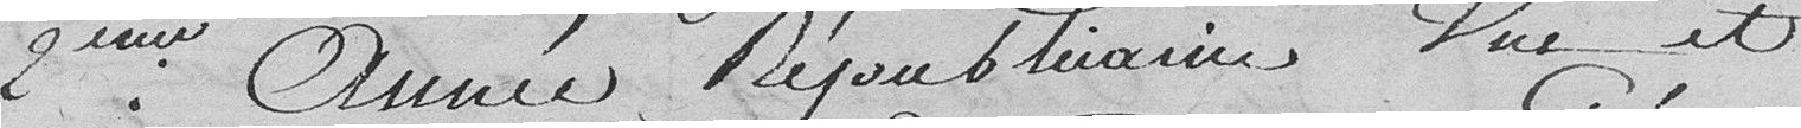
2ème Année Républicaine,